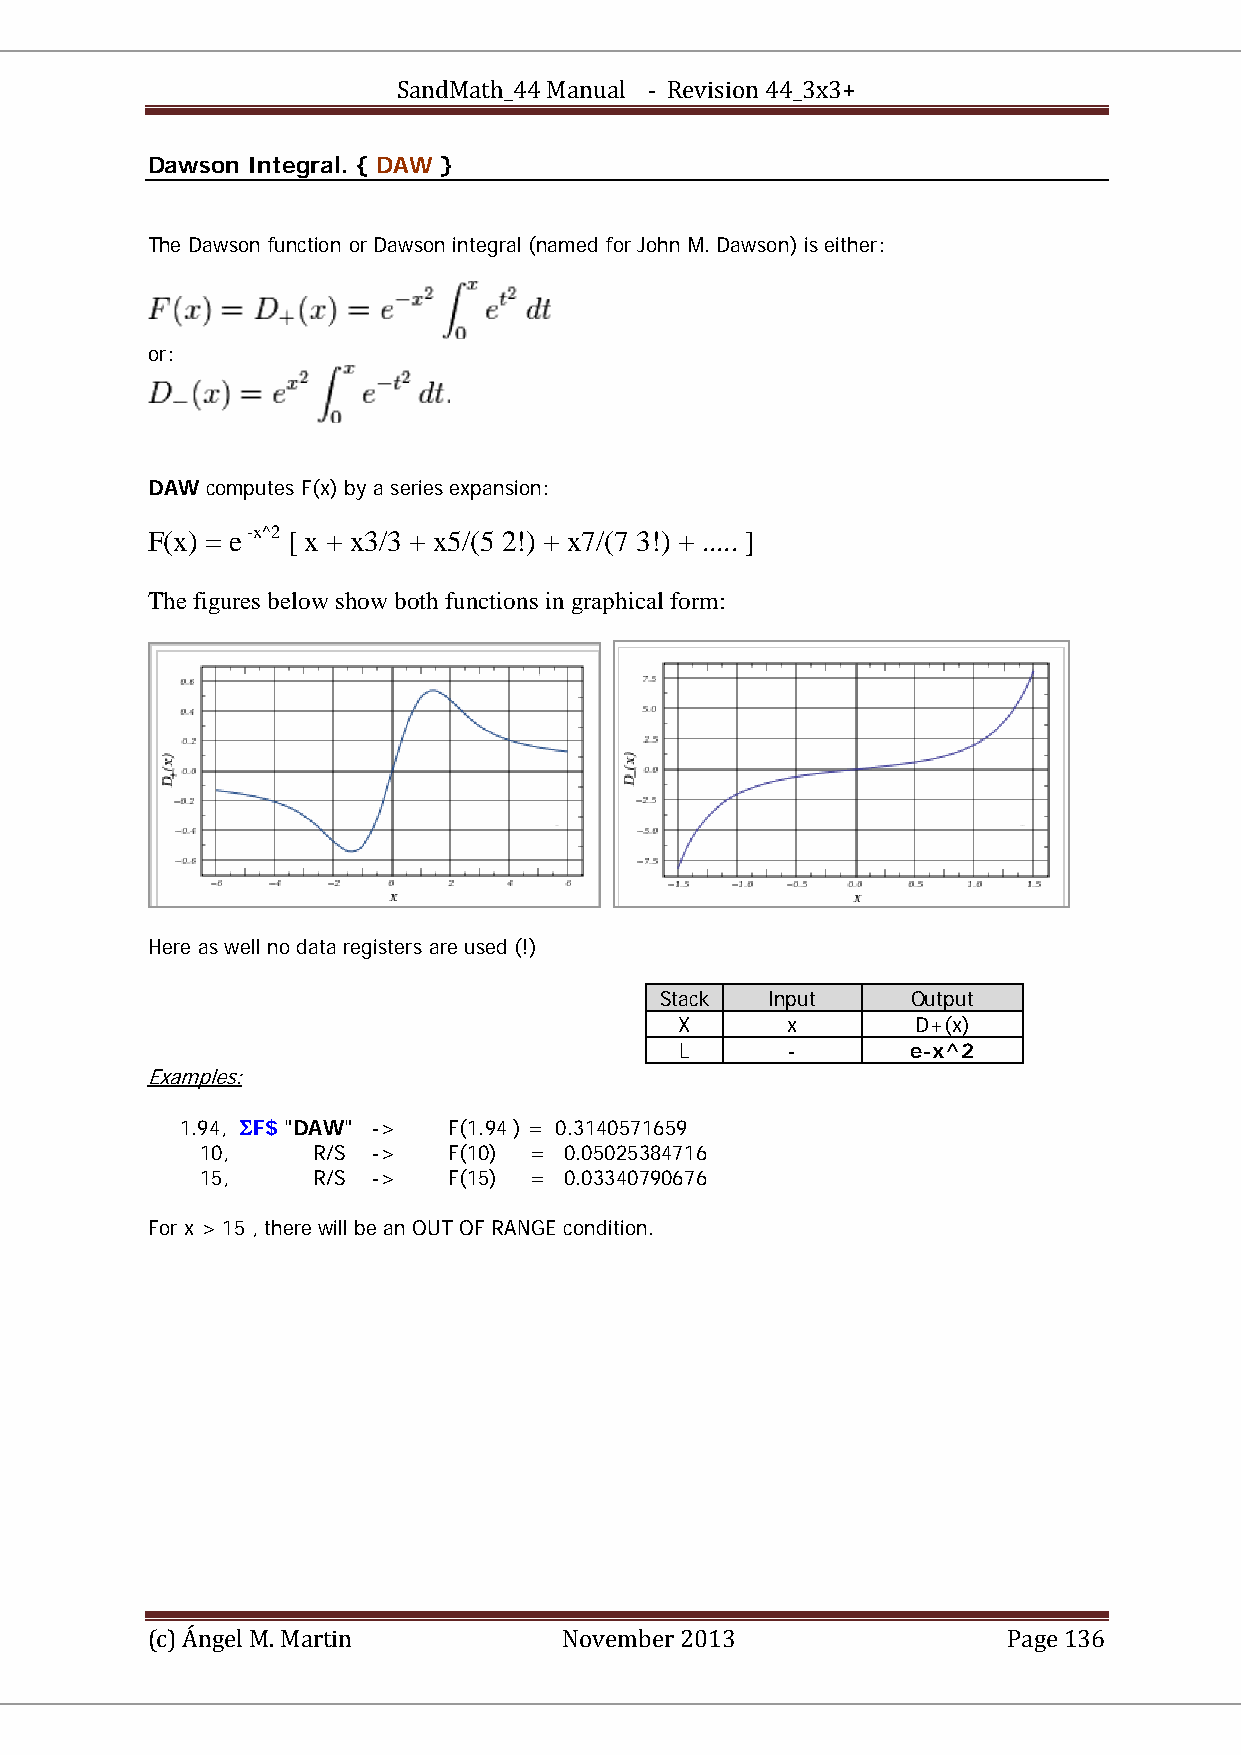
SandMath_44 Manual - Revision 44_3x3+
 Dawson Integral. { DAW }
 The Dawson function or Dawson integral (named for John M. Dawson) is either:
 or:
 DAW computes F(x) by a series expansion:
 F(x) = e -x^2 [ x + x3/3 + x5/(5 2!) + x7/(7 3!) + ..... ]
 PP PP
 The figures below show both functions in graphical form:
 Here as well no data registers are used (!)
 Stack  Input    Output
 X      x        D+(x)
 L      -       e-x^2
 Examples:
 U
 1.94, ΣF$ "DAW" -> F(1.94 ) = 0.3140571659
 10,     R/S ->   F(10) = 0.05025384716
 15,     R/S ->   F(15) = 0.03340790676
 For x > 15 , there will be an OUT OF RANGE condition.
 (c) Ángel M. Martin        November 2013                 Page 136